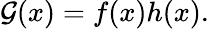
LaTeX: \mathcal{G}(x)=f(x)h(x).